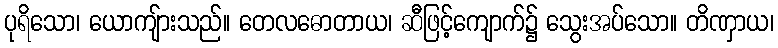
ပုရိသော၊ ယောကျ်ားသည်။ တေလဓောတာယ၊ ဆီဖြင့်ကျောက်၌ သွေးအပ်သော။ တိဏှာယ၊